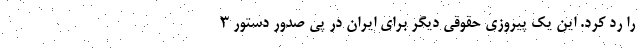
را رد کرد. این یک پیروزی حقوقی دیگر برای ایران در پی صدور دستور ۳